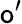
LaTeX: \mathsf{o}^{\prime}